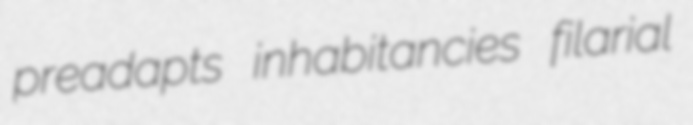
preadapts inhabitancies filarial